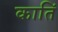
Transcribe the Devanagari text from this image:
कातिं